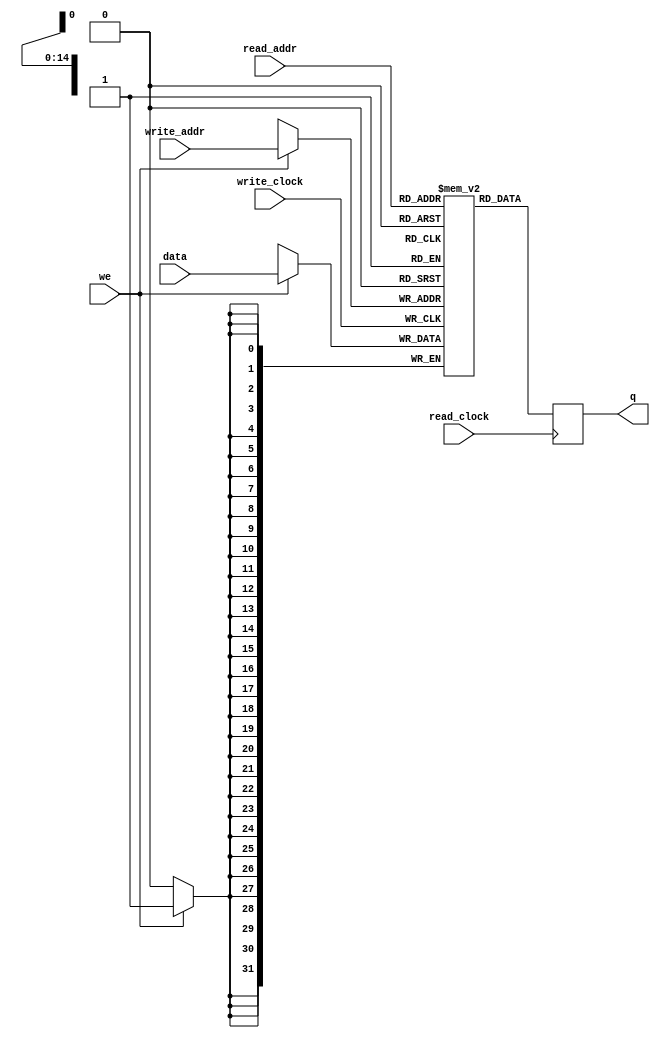
module MemoriaDados
#(parameter DATA_WIDTH=32, parameter ADDR_WIDTH=15)
(
	input [(DATA_WIDTH-1):0] data,
	input [(ADDR_WIDTH-1):0] read_addr, write_addr,
	input we, read_clock, write_clock,
	output reg [(DATA_WIDTH-1):0] q
);
	
	// Declare the RAM variable
	reg [DATA_WIDTH-1:0] ram[2**ADDR_WIDTH-1:0];
	
	initial 
	begin : INIT
		integer i;
		for(i = 0; i < 2**11; i = i + 1)
			ram[i] = {DATA_WIDTH{1'b0}};
	end
	
	always @ (posedge write_clock)
	begin
		// Write
		if (we)
			ram[write_addr] <= data;
	end
	
	always @ (posedge read_clock)
	begin
		// Read 
		q <= ram[read_addr];
	end
	
endmodule